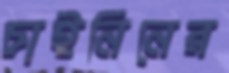
চাইনিনের